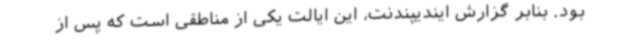
بود. بنابر گزارش ایندیپندنت، این ایالت یکی از مناطقی است که پس از